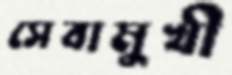
সেবামুখী